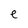
Character: e